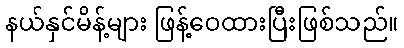
နယ်နှင်မိန့်များ ဖြန့်ဝေထားပြီးဖြစ်သည်။